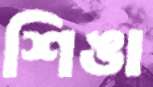
শিঙা